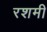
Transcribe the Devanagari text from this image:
रशमी